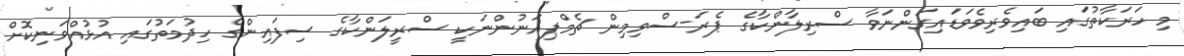
މި ހަރަކާތުގައި ބައިވެރިވެވަޑައިގަންނަވާ ސްރިލާންކާގެ ޕެރަ-ސްވިމިން ޗެމްޕިއަނުންނަކީ ސްރީލަންކާގެ ސިފައިންގެ ހިދުމަތުގައި އުޅުއްވަނިކޮށް